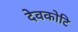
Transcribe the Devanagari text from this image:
देवकोटि